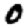
Digit: 0